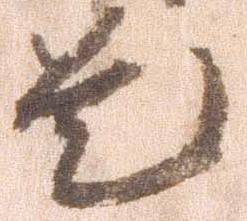
是